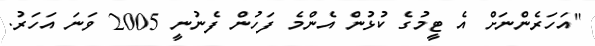
"އަހަރެންނަށް އެ ޓީމުގެ ކުޅުން އެންމެ ފަހުން ފެނުނީ 2005 ވަނަ އަހަރު.